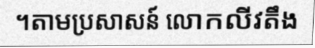
។តាមប្រសាសន៍ លោកលីវតឹង